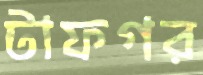
টাফগর